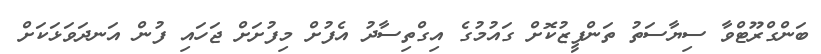
ބަންގްރޫޓްވާ ސިޔާސަތު ތަންފީޒުކޮށް ގައުމުގެ އިގްތިސާދު އެފުށް މިފުށަށް ޖަހައި ފުން އަނދަވަޅަކަށް